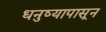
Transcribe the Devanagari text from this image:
धनुष्यापासून